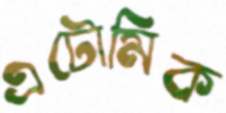
এটোমিক